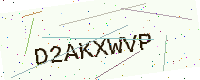
Text: D2AKXWVP